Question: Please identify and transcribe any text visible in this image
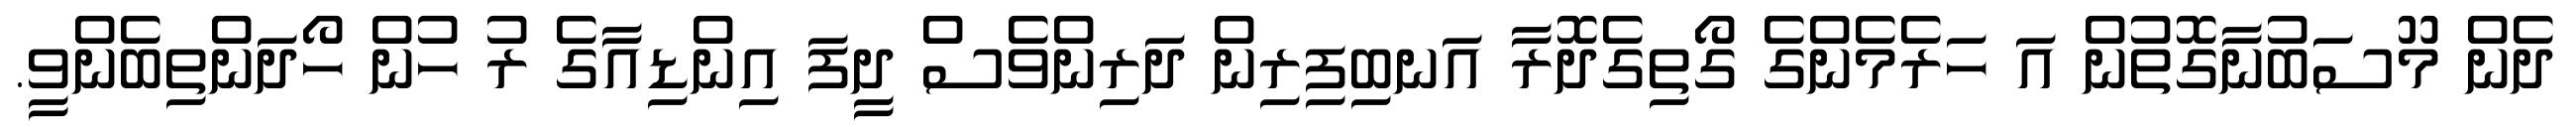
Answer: ދެން މޫސަބުނާގޮތުން އަ ހަރެމެންގެ ގޯތިގެދޮރާ އަނބިފިރިން ދަރިންވެސް ދީފަ އިންޑިއާގެ ރު ހުން ހޯދަންތިބެންވީ.